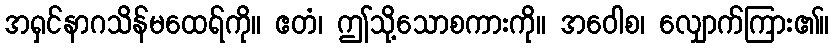
အရှင်နာဂသိန်မထေရ်ကို။ ဧတံ၊ ဤသို့သောစကားကို။ အဝေါစ၊ လျှောက်ကြား၏။